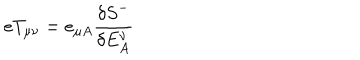
e T _ { \mu \nu } = e _ { \mu A } \frac { \delta { S } ^ { - } } { \delta E _ { A } ^ { \nu } }